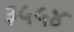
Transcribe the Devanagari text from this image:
३५५४